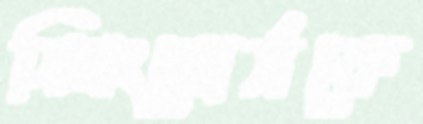
স্প্রিংসোর্সকে